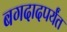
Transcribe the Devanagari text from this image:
बगदादपर्यंत